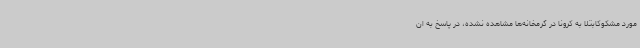
مورد مشکوکابتلا به کرونا در گرمخانه‌ها مشاهده نشده، در پاسخ به ان